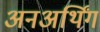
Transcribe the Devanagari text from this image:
अनअर्थिंग